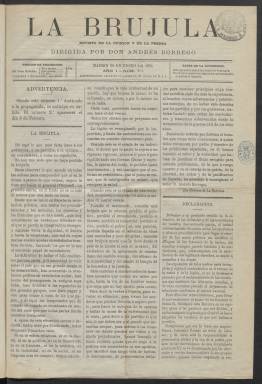
Título: La Brújula (Madrid. 1874)
Colección: Periódicos
Ámbito geográfico: Madrid
Lugar de publicación: Madrid
Fechas: 30/01/1874-23/08/1874